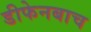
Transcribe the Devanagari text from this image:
डीफेनबाच